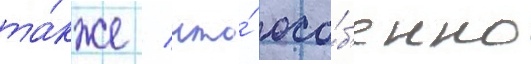
та́кже / что́ осо́б'енно